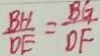
\frac { B H } { D E } = \frac { B G } { D F }